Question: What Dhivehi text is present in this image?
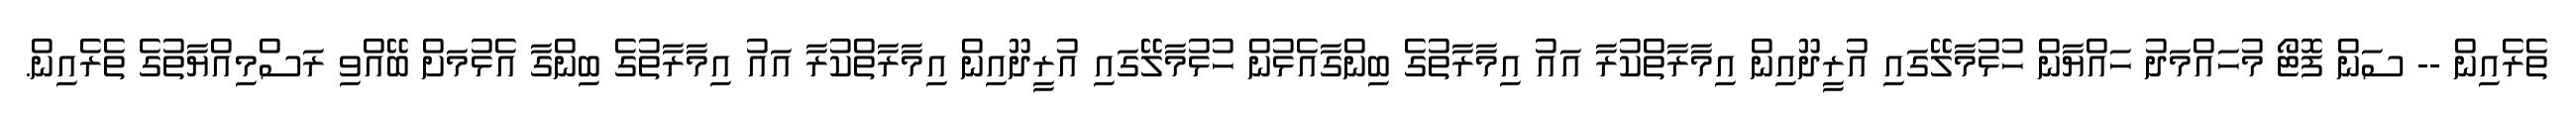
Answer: ތެރެއިން -- ސަން ފޮޓޯ މުހައްމަދު ހައްޔާން ހުޅުމާލޭގައި އުރީދޫއިން އިމާރާތްކުރާ އައު އިމާރާތުގެ ބިންގާއެޅުން ހުޅުމާލޭގައި އުރީދޫއިން އިމާރާތްކުރާ އައު އިމާރާތުގެ ބިންގާ އެޅުމަށް ބޭއްވި ރަސްމިއްޔާތުގެ ތެރެއިން.